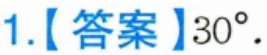
1.【答案】\(30^{\circ}\).